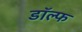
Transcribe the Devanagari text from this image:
डॉल्फ